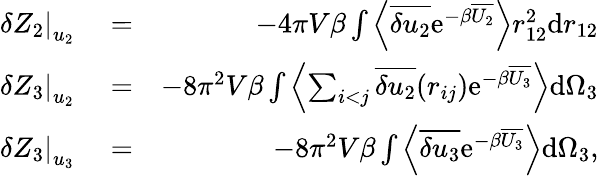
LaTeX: \begin{array}{rlr}{\left.\delta Z_{2}\right|_{u_{2}}}&{{}=}&{-4\pi V\beta\int\left\langle\overline{{\delta u_{2}}}\mathrm{e}^{-\beta\overline{{U_{2}}}}\right\rangle r_{12}^{2}\mathrm{d}r_{12}}\\ {\left.\delta Z_{3}\right|_{u_{2}}}&{{}=}&{-8\pi^{2}V\beta\int\left\langle\sum_{i<j}\overline{{\delta u_{2}}}(r_{ij})\mathrm{e}^{-\beta\overline{{U_{3}}}}\right\rangle\mathrm{d}\Omega_{3}}\\ {\left.\delta Z_{3}\right|_{u_{3}}}&{{}=}&{-8\pi^{2}V\beta\int\left\langle\overline{{\delta u_{3}}}\mathrm{e}^{-\beta\overline{{U_{3}}}}\right\rangle\mathrm{d}\Omega_{3},}\end{array}